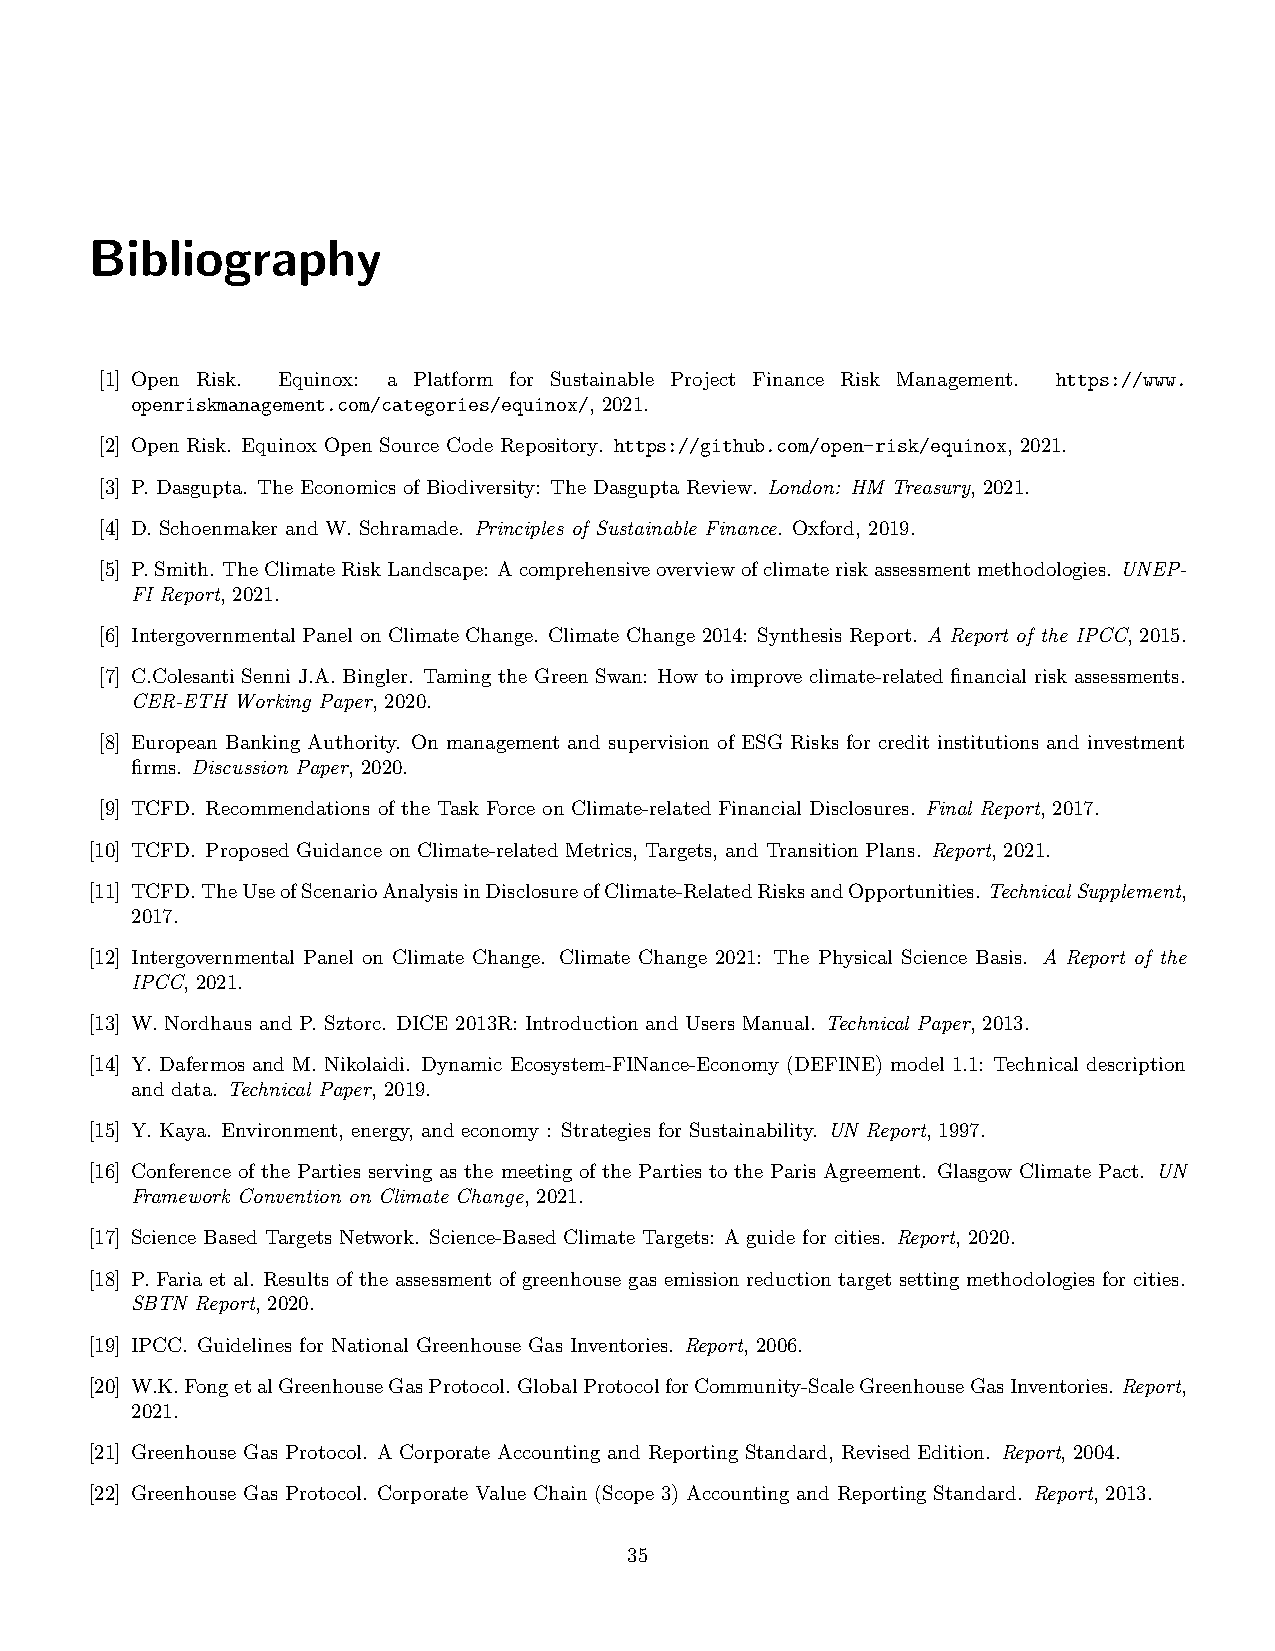
Bibliography
 [1] Open Risk. Equinox: a Platform for Sustainable Project Finance Risk Management. https://www.
 openriskmanagement.com/categories/equinox/, 2021.
 [2] Open Risk. Equinox Open Source Code Repository. https://github.com/open-risk/equinox, 2021.
 [3] P. Dasgupta. The Economics of Biodiversity: The Dasgupta Review. London: HM Treasury, 2021.
 [4] D. Schoenmaker and W. Schramade. Principles of Sustainable Finance. Oxford, 2019.
 [5] P.Smith. TheClimateRiskLandscape: Acomprehensiveoverviewofclimateriskassessmentmethodologies. UNEP-
 FI Report, 2021.
 [6] Intergovernmental Panel on Climate Change. Climate Change 2014: Synthesis Report. A Report of the IPCC, 2015.
 [7] C.Colesanti Senni J.A. Bingler. Taming the Green Swan: How to improve climate-related financial risk assessments.
 CER-ETH Working Paper, 2020.
 [8] European Banking Authority. On management and supervision of ESG Risks for credit institutions and investment
 firms. Discussion Paper, 2020.
 [9] TCFD. Recommendations of the Task Force on Climate-related Financial Disclosures. Final Report, 2017.
 [10] TCFD. Proposed Guidance on Climate-related Metrics, Targets, and Transition Plans. Report, 2021.
 [11] TCFD.TheUseofScenarioAnalysisinDisclosureofClimate-RelatedRisksandOpportunities.TechnicalSupplement,
 2017.
 [12] Intergovernmental Panel on Climate Change. Climate Change 2021: The Physical Science Basis. A Report of the
 IPCC, 2021.
 [13] W. Nordhaus and P. Sztorc. DICE 2013R: Introduction and Users Manual. Technical Paper, 2013.
 [14] Y. Dafermos and M. Nikolaidi. Dynamic Ecosystem-FINance-Economy (DEFINE) model 1.1: Technical description
 and data. Technical Paper, 2019.
 [15] Y. Kaya. Environment, energy, and economy : Strategies for Sustainability. UN Report, 1997.
 [16] Conference of the Parties serving as the meeting of the Parties to the Paris Agreement. Glasgow Climate Pact. UN
 Framework Convention on Climate Change, 2021.
 [17] Science Based Targets Network. Science-Based Climate Targets: A guide for cities. Report, 2020.
 [18] P. Faria et al. Results of the assessment of greenhouse gas emission reduction target setting methodologies for cities.
 SBTN Report, 2020.
 [19] IPCC. Guidelines for National Greenhouse Gas Inventories. Report, 2006.
 [20] W.K.FongetalGreenhouseGasProtocol. GlobalProtocolforCommunity-ScaleGreenhouseGasInventories. Report,
 2021.
 [21] Greenhouse Gas Protocol. A Corporate Accounting and Reporting Standard, Revised Edition. Report, 2004.
 [22] Greenhouse Gas Protocol. Corporate Value Chain (Scope 3) Accounting and Reporting Standard. Report, 2013.
 35